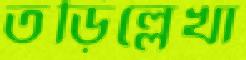
তড়িল্লেখা